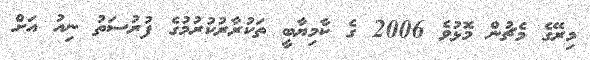
މިރޭގެ މެޗުން މޮޅުވެ 2006 ގެ ކާމިޔާބީ ތަކުރާރުކުރުމުގެ ފުރުސަތު ނިއު އަށް